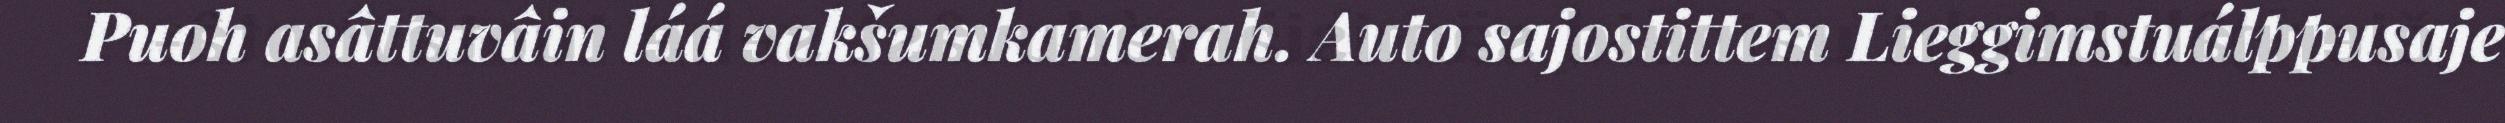
Puoh asâttuvâin láá vakšumkamerah. Auto sajostittem Lieggimstuálppusaje